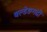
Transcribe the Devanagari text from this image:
बल्डेङगढी